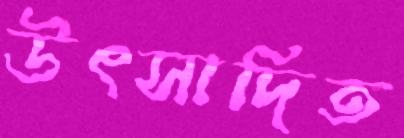
উৎসাদিত